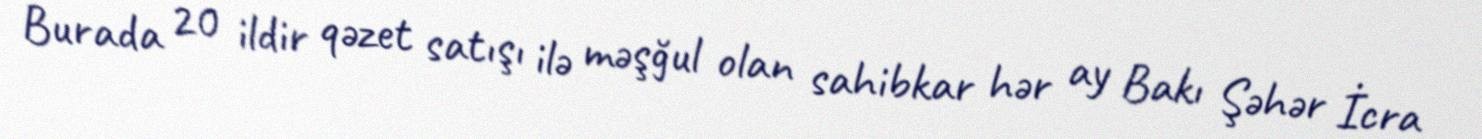
Burada 20 ildir qəzet satışı ilə məşğul olan sahibkar hər ay Bakı Şəhər İcra